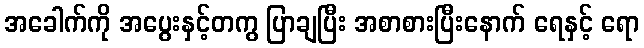
အခေါက်ကို အပွေးနှင့်တကွ ပြာချပြီး အစာစားပြီးနောက် ရေနှင့် ရော